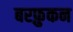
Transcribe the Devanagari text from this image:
बरफ़ुकन